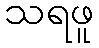
သရဖူ